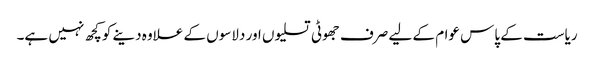
ریاست کے پاس عوام کے لیے صرف جھوٹی تسلیوں اور دلاسوں کے علاوہ دینے کوکچھ نہیں ہے۔